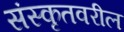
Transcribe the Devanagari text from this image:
संस्कृतवरील